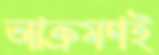
আক্রমণই